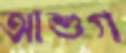
আশুগ